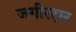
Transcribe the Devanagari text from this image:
जगीरदार